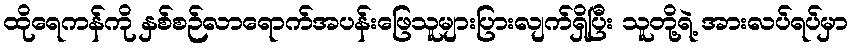
ထိုရေကန်ကို နှစ်စဉ်လာရောက်အပန်းဖြေသူများပြားလျက်ရှိပြီး သူတို့ရဲ့ အားလပ်ရပ်မှာ